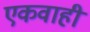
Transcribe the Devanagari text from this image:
एकवाही